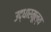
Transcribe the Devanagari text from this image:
उद्धारमूल्य